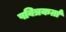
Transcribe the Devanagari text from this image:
पवित्रकर्ता